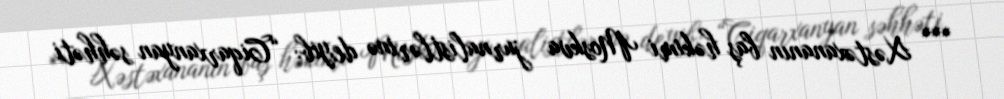
*** Xəstəxananın baş həkimi Moskva jurnalistlərinə deyib: “Ciqarxanyan səhhəti